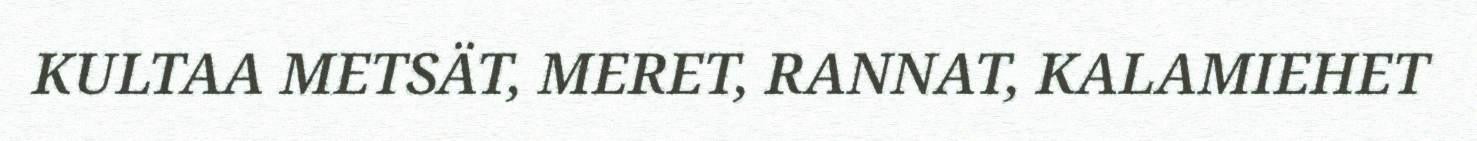
KULTAA METSÄT, MERET, RANNAT, KALAMIEHET